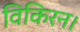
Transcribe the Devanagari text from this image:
विकिरन।